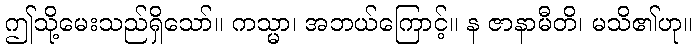
ဤသို့မေးသည်ရှိသော်။ ကသ္မာ၊ အဘယ်ကြောင့်။ န ဇာနာမီတိ၊ မသိ၏ဟု။